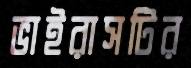
ভাইরাসটির